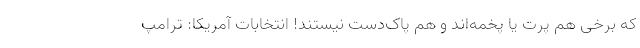
که برخی هم پرت یا پخمه‌اند و هم پاک‌دست نیستند! انتخابات آمریکا: ترامپ